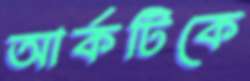
আর্কটিকে